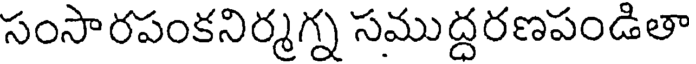
సంసారపంకనిర్మగ్న సముద్దరణపండితా